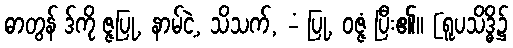
ဓာတွန် ဒ်ကို ဇ္ဇပြု, နာမ်ငဲ့, သိသက်, -ံ ပြု, ဝဇ္ဇံ ပြီး၏။ [ရူပသိဒ္ဓိ၌